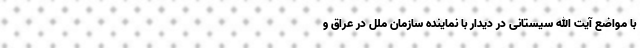
با مواضع آیت الله سیستانی در دیدار با نماینده سازمان ملل در عراق و